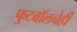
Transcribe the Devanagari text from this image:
फुटबॉलचेही